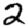
Digit: 2